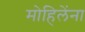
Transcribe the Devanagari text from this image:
मोहिलेंना